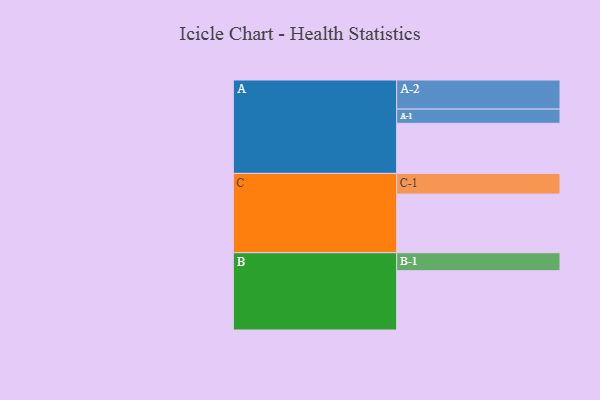
{"axis": {"x": "Segment", "y": "Value"}, "legend": ["", "A", "B", "C"], "data": [{"x": "A", "y": 370, "type": ""}, {"x": "B", "y": 438, "type": ""}, {"x": "C", "y": 433, "type": ""}, {"x": "A-1", "y": 105, "type": "A"}, {"x": "A-2", "y": 215, "type": "A"}, {"x": "B-1", "y": 133, "type": "B"}, {"x": "C-1", "y": 153, "type": "C"}]}